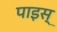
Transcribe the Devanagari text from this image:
पाइस्